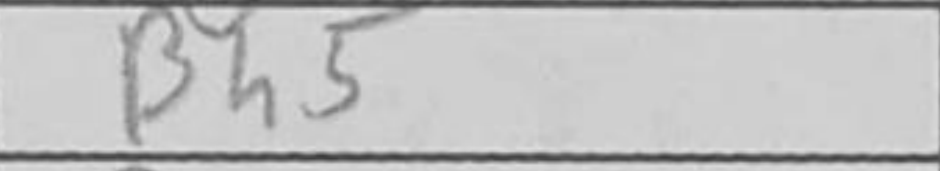
Transcription: Bh5